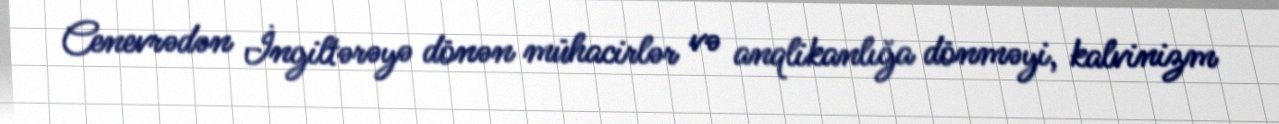
Cenevrədən İngiltərəyə dönən mühacirlər və anqlikanlığa dönməyi, kalvinizm